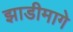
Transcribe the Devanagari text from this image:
झाडीमागे